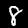
Digit: 8